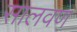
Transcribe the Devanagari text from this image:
सालवण